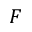
F